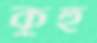
কুহু